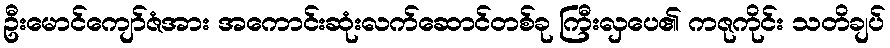
ဦးမောင်ကျော်ဇံအား အကောင်းဆုံးလက်ဆောင်တစ်ခု ကြီးလှပေ၏ ကဇုကိုင်း သတိချပ်